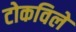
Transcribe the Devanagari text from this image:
टोकविले